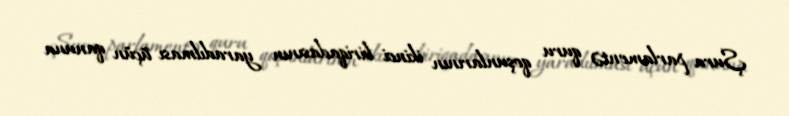
Şura parlamentə quru qoşunlarının ikinci biriqadasının yaradılması üçün qanuna